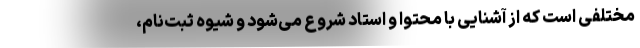
مختلفی است که از آشنایی با محتوا و استاد شروع می‌شود و شیوه ثبت‌نام،